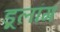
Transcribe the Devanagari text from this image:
डूलांग